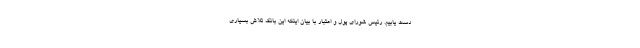
دست یابیم. رئیس شورای پول و اعتبار با بیان اینکه این بانک تلاش بسیاری